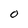
Character: O